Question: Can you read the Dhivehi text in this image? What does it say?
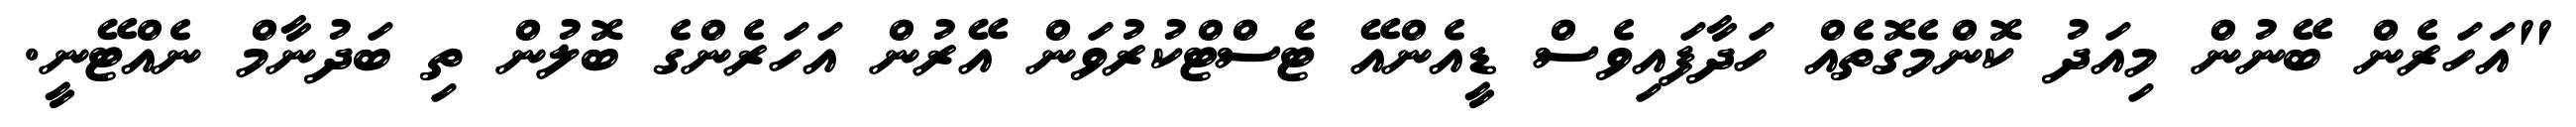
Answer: "އަހަރެން ބޭނުން މިއަދު ކޮންމެގޮތެއް ހަދާފައިވެސް ޑީއެންއޭ ޓެސްޓްކުރުވަން އޭރުން އަހަރެންގެ ބޮލުން ތި ބަދުނާމް ނެއްޓޭނީ.